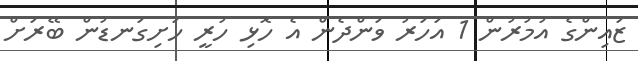
ޒައިންގެ އުމުރުން 1 އަހަރު ވަންދެން އެ ހޮޅި ހުރީ ހަށިގަނޑުން ބޭރަށް